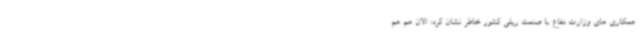
همکاری های وزارت دفاع با صنعت ریلی کشور خاطر نشان کرد: الان هم هم